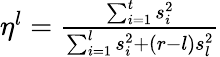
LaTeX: \begin{array}{r}{\eta^{l}=\frac{\sum_{i=1}^{t}s_{i}^{2}}{\sum_{i=1}^{l}s_{i}^{2}+(r-l)s_{l}^{2}}}\end{array}